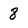
Character: 8